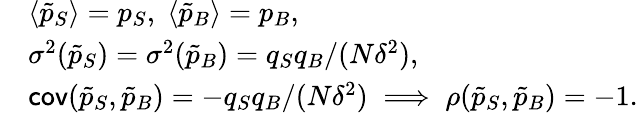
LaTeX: \begin{array}{rl}&{\langle\tilde{p}_{S}\rangle=p_{S},\; \langle\tilde{p}_{B}\rangle=p_{B},}\\ &{\sigma^{2}(\tilde{p}_{S})=\sigma^{2}(\tilde{p}_{B})=q_{S}q_{B}/(N\delta^{2}),}\\ &{\textsf{cov}(\tilde{p}_{S},\tilde{p}_{B})=-q_{S}q_{B}/(N\delta^{2})\; \Longrightarrow\; \rho(\tilde{p}_{S},\tilde{p}_{B})=-1.}\end{array}